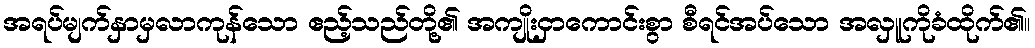
အရပ်မျက်နှာမှလာကုန်သော ဧည့်သည်တို့၏ အကျိုးငှာကောင်းစွာ စီရင်အပ်သော အလှူကိုခံထိုက်၏။